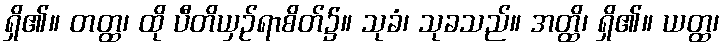
ရှိ၏။ တတ္ထ၊ ထို ပီတိယှဉ်ရာစိတ်၌။ သုခံ၊ သုခသည်။ အတ္ထိ၊ ရှိ၏။ ယတ္ထ၊